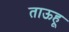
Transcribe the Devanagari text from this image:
ताऊहू